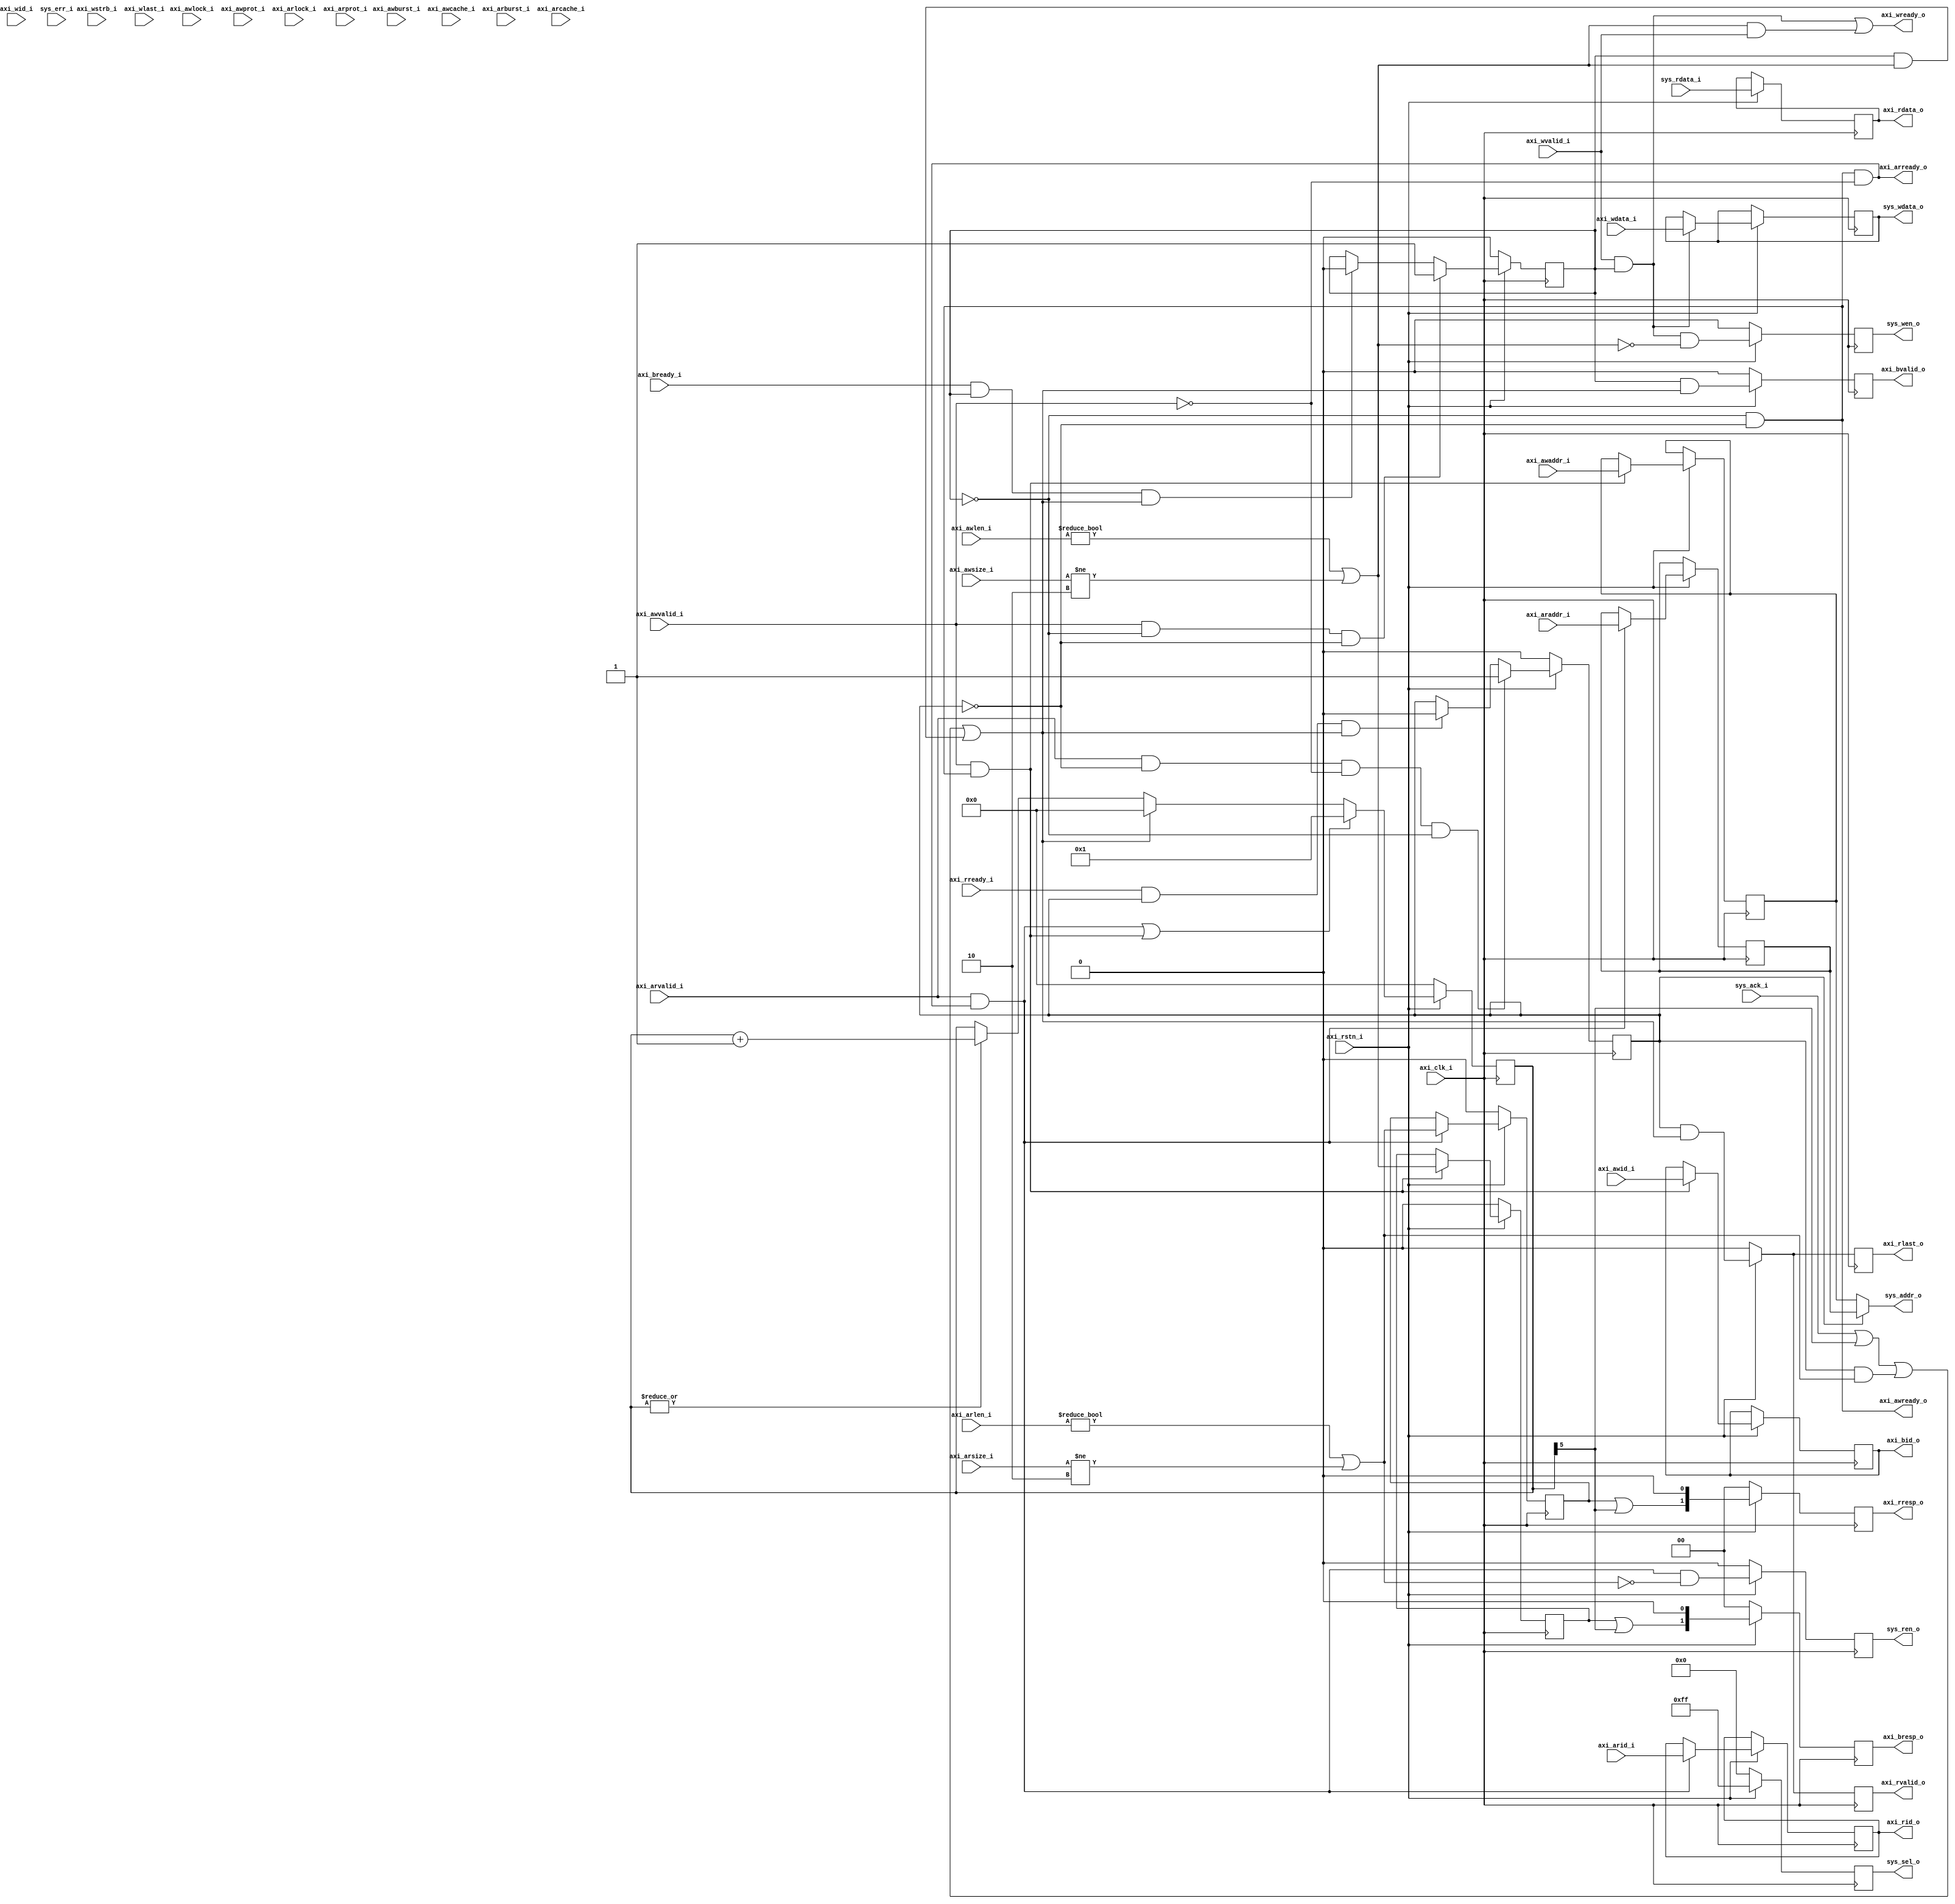
/**
 * $Id: axi_slave.v 961 2014-01-21 11:40:39Z matej.oblak $
 *
 * @brief Red Pitaya symplified AXI slave.
 *
 * @Author Matej Oblak
 *
 * (c) Red Pitaya  http://www.redpitaya.com
 *
 * This part of code is written in Verilog hardware description language (HDL).
 * Please visit http://en.wikipedia.org/wiki/Verilog
 * for more details on the language used herein.
 */



/**
 * GENERAL DESCRIPTION:
 *
 * AXI slave used also for simple bus master.
 *
 *
 *                     /------\
 *   WR ADDRESS  ----> |  WR  |
 *   WR DATA     ----> |      | ----------- 
 *   WR RESPONSE <---- |  CH  |            |
 *                     \------/       /--------\
 *                                    | SIMPLE | ---> WR/RD ADDRRESS
 *   AXI                              |        | ---> WR DATA
 *                                    |   RP   | <--- RD DATA
 *                                    |  BUS   | <--- ACKNOWLEDGE
 *                     /------\       \--------/
 *   RD ADDRESS  ----> |  RD  |            |
 *   RD DATA     <---- |  CH  | -----------
 *                     \------/
 *
 *
 * Because AXI bus is quite complex simplier bus was created.
 * 
 * It combines write and read channel, where write has bigger priority. Command
 * is then send forward to red pitaya bus. When wite or read acknowledge is
 * received AXI response is created and new AXI is accepted.
 *
 * To prevent AXI lockups because no response is received, this slave creates its
 * own after 32 cycles (ack_cnt).
 * 
 */




module axi_slave 
#(
parameter           AXI_DW         =  64           , // data width (8,16,...,1024)
parameter           AXI_AW         =  32           , // address width
parameter           AXI_IW         =   8           , // ID width
parameter           AXI_SW         = AXI_DW >> 3     // strobe width - 1 bit for every data byte
)
(
 // global signals
   input                     axi_clk_i      ,  //!< AXI global clock
   input                     axi_rstn_i     ,  //!< AXI global reset

 // axi write address channel
   input      [ AXI_IW-1: 0] axi_awid_i     ,  //!< AXI write address ID
   input      [ AXI_AW-1: 0] axi_awaddr_i   ,  //!< AXI write address
   input      [      4-1: 0] axi_awlen_i    ,  //!< AXI write burst length
   input      [      3-1: 0] axi_awsize_i   ,  //!< AXI write burst size
   input      [      2-1: 0] axi_awburst_i  ,  //!< AXI write burst type
   input      [      2-1: 0] axi_awlock_i   ,  //!< AXI write lock type
   input      [      4-1: 0] axi_awcache_i  ,  //!< AXI write cache type
   input      [      3-1: 0] axi_awprot_i   ,  //!< AXI write protection type
   input                     axi_awvalid_i  ,  //!< AXI write address valid
   output                    axi_awready_o  ,  //!< AXI write ready

 // axi write data channel
   input      [ AXI_IW-1: 0] axi_wid_i      ,  //!< AXI write data ID
   input      [ AXI_DW-1: 0] axi_wdata_i    ,  //!< AXI write data
   input      [ AXI_SW-1: 0] axi_wstrb_i    ,  //!< AXI write strobes
   input                     axi_wlast_i    ,  //!< AXI write last
   input                     axi_wvalid_i   ,  //!< AXI write valid
   output                    axi_wready_o   ,  //!< AXI write ready

 // axi write response channel
   output     [ AXI_IW-1: 0] axi_bid_o      ,  //!< AXI write response ID
   output reg [      2-1: 0] axi_bresp_o    ,  //!< AXI write response
   output reg                axi_bvalid_o   ,  //!< AXI write response valid
   input                     axi_bready_i   ,  //!< AXI write response ready

 // axi read address channel
   input      [ AXI_IW-1: 0] axi_arid_i     ,  //!< AXI read address ID
   input      [ AXI_AW-1: 0] axi_araddr_i   ,  //!< AXI read address
   input      [      4-1: 0] axi_arlen_i    ,  //!< AXI read burst length
   input      [      3-1: 0] axi_arsize_i   ,  //!< AXI read burst size
   input      [      2-1: 0] axi_arburst_i  ,  //!< AXI read burst type
   input      [      2-1: 0] axi_arlock_i   ,  //!< AXI read lock type
   input      [      4-1: 0] axi_arcache_i  ,  //!< AXI read cache type
   input      [      3-1: 0] axi_arprot_i   ,  //!< AXI read protection type
   input                     axi_arvalid_i  ,  //!< AXI read address valid
   output                    axi_arready_o  ,  //!< AXI read address ready
    
 // axi read data channel
   output     [ AXI_IW-1: 0] axi_rid_o      ,  //!< AXI read response ID
   output reg [ AXI_DW-1: 0] axi_rdata_o    ,  //!< AXI read data
   output reg [      2-1: 0] axi_rresp_o    ,  //!< AXI read response
   output reg                axi_rlast_o    ,  //!< AXI read last
   output reg                axi_rvalid_o   ,  //!< AXI read response valid
   input                     axi_rready_i   ,  //!< AXI read response ready

 // RP system read/write channel
   output     [ AXI_AW-1: 0] sys_addr_o     ,  //!< system bus read/write address.
   output     [ AXI_DW-1: 0] sys_wdata_o    ,  //!< system bus write data.
   output reg [ AXI_SW-1: 0] sys_sel_o      ,  //!< system bus write byte select.
   output reg                sys_wen_o      ,  //!< system bus write enable.
   output reg                sys_ren_o      ,  //!< system bus read enable.
   input      [ AXI_DW-1: 0] sys_rdata_i    ,  //!< system bus read data.
   input                     sys_err_i      ,  //!< system bus error indicator.
   input                     sys_ack_i         //!< system bus acknowledge signal.
);


//---------------------------------------------------------------------------------
//
//  AXI slave Module
wire                 ack         ;
reg   [      6-1: 0] ack_cnt     ;

reg                  rd_do       ;
reg   [ AXI_IW-1: 0] rd_arid     ;
reg   [ AXI_AW-1: 0] rd_araddr   ;
reg                  rd_error    ;
wire                 rd_errorw   ;

reg                  wr_do       ;
reg   [ AXI_IW-1: 0] wr_awid     ;
reg   [ AXI_AW-1: 0] wr_awaddr   ;
reg   [ AXI_IW-1: 0] wr_wid      ;
reg   [ AXI_DW-1: 0] wr_wdata    ;
reg                  wr_error    ;
wire                 wr_errorw   ;

assign wr_errorw = (axi_awlen_i != 4'h0) || (axi_awsize_i != 3'b010); // error if write burst and more/less than 4B transfer
assign rd_errorw = (axi_arlen_i != 4'h0) || (axi_arsize_i != 3'b010); // error if read burst and more/less than 4B transfer

always @(posedge axi_clk_i) begin
   if (axi_rstn_i == 1'b0) begin
      rd_do    <= 1'b0 ;
      rd_error <= 1'b0 ;
   end
   else begin
      if (axi_arvalid_i && !rd_do && !axi_awvalid_i && !wr_do) // accept just one read request - write has priority
         rd_do  <= 1'b1 ;
      else if (axi_rready_i && rd_do && ack)
         rd_do  <= 1'b0 ;

      if (axi_arvalid_i && axi_arready_o) begin // latch ID and address
         rd_arid   <= axi_arid_i   ;
         rd_araddr <= axi_araddr_i ;
         rd_error  <= rd_errorw    ;
      end
   end
end


always @(posedge axi_clk_i) begin
   if (axi_rstn_i == 1'b0) begin
      wr_do    <= 1'b0 ;
      wr_error <= 1'b0 ;
   end
   else begin
      if (axi_awvalid_i && !wr_do && !rd_do) // accept just one write request - if idle
         wr_do  <= 1'b1 ;
      else if (axi_bready_i && wr_do && ack)
         wr_do  <= 1'b0 ;

      if (axi_awvalid_i && axi_awready_o) begin // latch ID and address
         wr_awid   <= axi_awid_i   ;
         wr_awaddr <= axi_awaddr_i ;
         wr_error  <= wr_errorw    ;
      end

      if (axi_wvalid_i && wr_do) begin // latch ID and write data
         wr_wid    <= axi_wid_i    ;
         wr_wdata  <= axi_wdata_i  ;
      end
   end
end





assign axi_awready_o = !wr_do && !rd_do                      ;
assign axi_wready_o  = (wr_do && axi_wvalid_i) || (wr_errorw && axi_wvalid_i)    ;
assign axi_bid_o     = wr_awid                               ;
//assign axi_bresp_o   = {wr_error,1'b0}                       ;  // 2'b10 SLVERR 
//assign axi_bvalid_o  = (sys_wen_o && axi_bready_i) || (wr_error && axi_bready_i)      ;

assign axi_arready_o = !rd_do && !wr_do && !axi_awvalid_i     ;
assign axi_rid_o     = rd_arid                                ;
//assign axi_rdata_o   = sys_rdata_i                            ;

always @(posedge axi_clk_i) begin
   if (axi_rstn_i == 1'b0) begin
      axi_bvalid_o  <= 1'b0 ;
      axi_bresp_o   <= 2'h0 ;
      axi_rlast_o   <= 1'b0 ;
      axi_rvalid_o  <= 1'b0 ;
      axi_rresp_o   <= 2'h0 ;
   end
   else begin
      axi_bvalid_o  <= wr_do && ack  ;
      axi_bresp_o   <= {(wr_error || ack_cnt[5]),1'b0} ;  // 2'b10 SLVERR    2'b00 OK
      axi_rlast_o   <= rd_do && ack  ;
      axi_rvalid_o  <= rd_do && ack  ;
      axi_rresp_o   <= {(rd_error || ack_cnt[5]),1'b0} ;  // 2'b10 SLVERR    2'b00 OK
      axi_rdata_o   <= sys_rdata_i   ;
   end
end

// acknowledge protection
always @(posedge axi_clk_i) begin
   if (axi_rstn_i == 1'b0) begin
      ack_cnt   <= 6'h0 ;
   end
   else begin
      if ((axi_arvalid_i && axi_arready_o) || (axi_awvalid_i && axi_awready_o))  // rd || wr request
         ack_cnt <= 6'h1 ;
      else if (ack)
         ack_cnt <= 6'h0 ;
      else if (|ack_cnt)
         ack_cnt <= ack_cnt + 6'h1 ;
   end
end

assign ack = sys_ack_i || ack_cnt[5] || (rd_do && rd_errorw) || (wr_do && wr_errorw); // bus acknowledge or timeout or error





//------------------------------------------
//  Simple slave interface

always @(posedge axi_clk_i) begin
   if (axi_rstn_i == 1'b0) begin
      sys_wen_o  <= 1'b0 ;
      sys_ren_o  <= 1'b0 ;
      sys_sel_o  <= {AXI_SW{1'b0}} ;
   end
   else begin
      sys_wen_o  <= wr_do && axi_wvalid_i && !wr_errorw ;
      sys_ren_o  <= axi_arvalid_i && axi_arready_o && !rd_errorw ;
      sys_sel_o  <= {AXI_SW{1'b1}} ;
   end
end

assign sys_addr_o  = rd_do ? rd_araddr : wr_awaddr  ;
assign sys_wdata_o = wr_wdata                       ;





endmodule